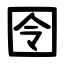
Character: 囹